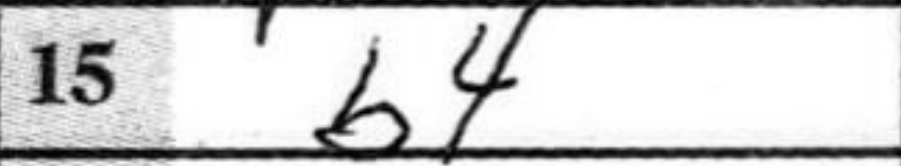
Transcription: b4